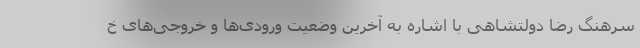
سرهنگ رضا دولتشاهی با اشاره به آخرین وضعیت ورودی‌ها و خروجی‌های خ